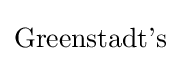
{\text{Greenstadt's}}